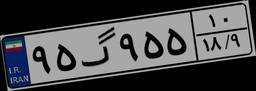
۹۶گ۷۲۸۶۰